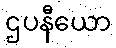
ဌပနီယော